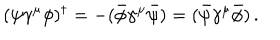
( \psi \gamma ^ { \mu } \phi ) ^ { \dagger } = - ( \bar { \phi } \gamma ^ { \mu } \bar { \psi } ) = ( \bar { \psi } \gamma ^ { \mu } \bar { \phi } ) \, .